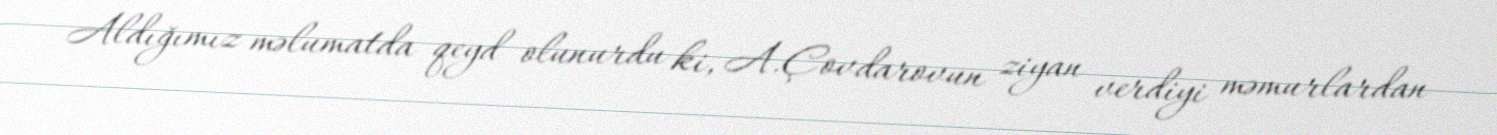
Aldığımız məlumatda qeyd olunurdu ki, A.Çovdarovun ziyan verdiyi məmurlardan